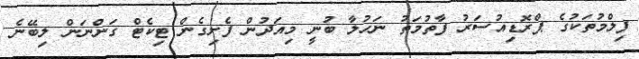
ފިލްމުތަކުގެ ޕްރޮޑިއުސަރު ފާތުމަތު ނަހުލާ ބުނީ މިއަދުން ފެށިގެން ޓިކެޓް ގަންނަން ލިބޭނެ